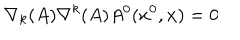
LaTeX: \nabla _ { k } ( A ) \nabla ^ { k } ( A ) A ^ { 0 } ( x ^ { 0 } , { \bf x } ) = 0